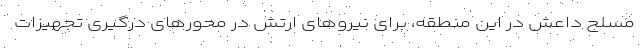
مسلح داعش در این منطقه، برای نیروهای ارتش در محورهای درگیری تجهیزات